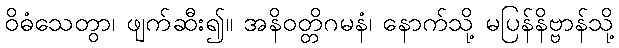
ဝိဓံသေတွာ၊ ဖျက်ဆီး၍။ အနိဝတ္တိဂမနံ၊ နောက်သို့ မပြန်နိဗ္ဗာန်သို့